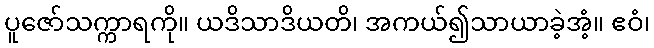
ပူဇော်သက္ကာရကို။ ယဒိသာဒိယတိ၊ အကယ်၍သာယာခဲ့အံ့။ ဧဝံ၊